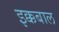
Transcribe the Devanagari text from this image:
इक्कबाल